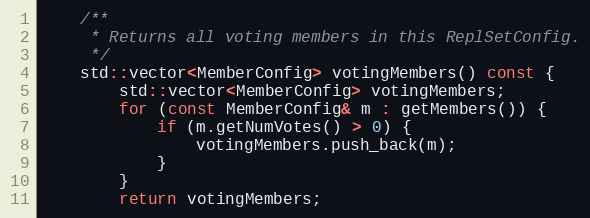
Language: C
    /**
     * Returns all voting members in this ReplSetConfig.
     */
    std::vector<MemberConfig> votingMembers() const {
        std::vector<MemberConfig> votingMembers;
        for (const MemberConfig& m : getMembers()) {
            if (m.getNumVotes() > 0) {
                votingMembers.push_back(m);
            }
        }
        return votingMembers;